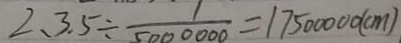
2 、 3 . 5 \div \frac { 1 } { 5 0 0 0 0 0 0 } = 1 7 5 0 0 0 0 0 ( c m )